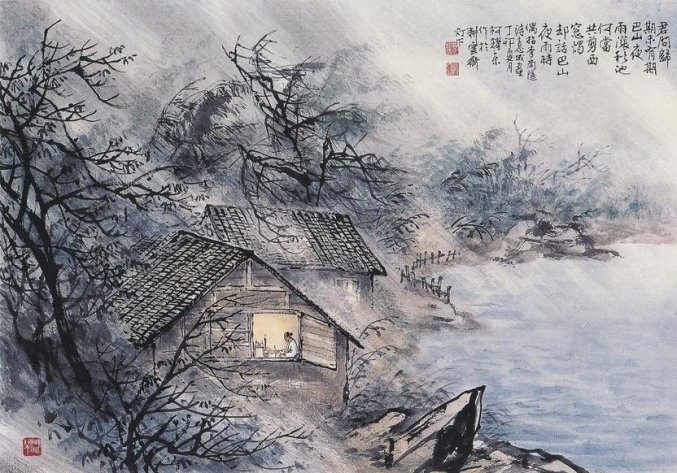
同穴窅冥何所望，他生缘会更难期。